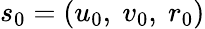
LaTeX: s_{0}=(u_{0},~v_{0},~r_{0})